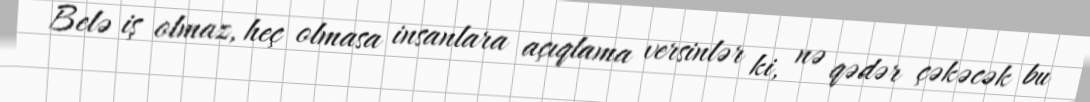
Belə iş olmaz, heç olmasa insanlara açıqlama versinlər ki, nə qədər çəkəcək bu